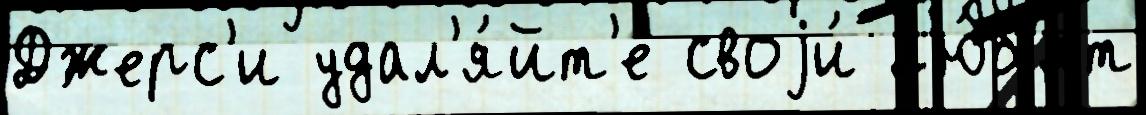
Джерс'и удал'я́йт'е своjи́ л'ю́б'ят